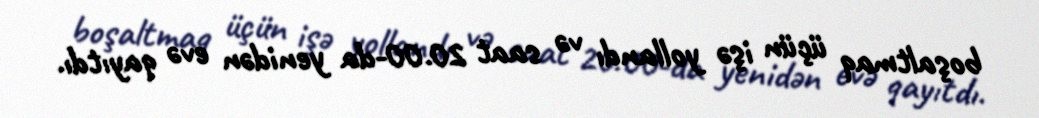
boşaltmaq üçün işə yollandı və saat 20.00-da yenidən evə qayıtdı.